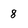
Character: 8